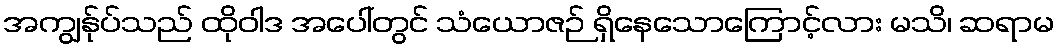
အကျွန်ုပ်သည် ထိုဝါဒ အပေါ်တွင် သံယောဇဉ် ရှိနေသောကြောင့်လား မသိ၊ ဆရာမ